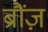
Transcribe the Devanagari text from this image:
ब्रौंज़